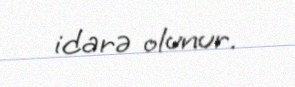
idarə olunur.